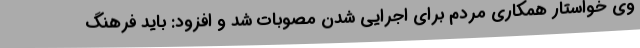
وی خواستار همکاری مردم برای اجرایی شدن مصوبات شد و افزود: باید فرهنگ